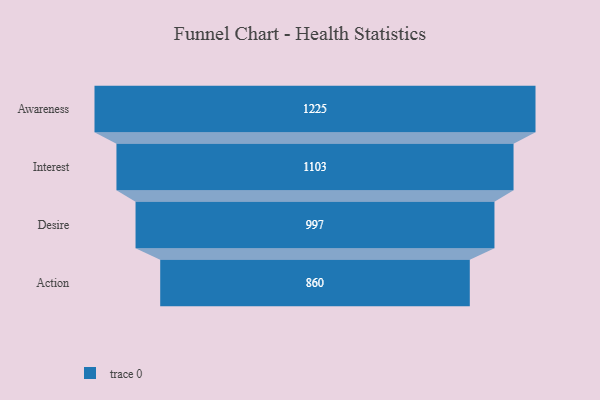
{"axis": {"x": "Stage", "y": "Value"}, "legend": [""], "data": [{"x": "Awareness", "y": 1225.0, "type": ""}, {"x": "Interest", "y": 1103.0, "type": ""}, {"x": "Desire", "y": 997.0, "type": ""}, {"x": "Action", "y": 860.0, "type": ""}]}